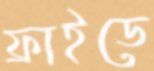
ফ্রাইডে